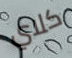
كلاي